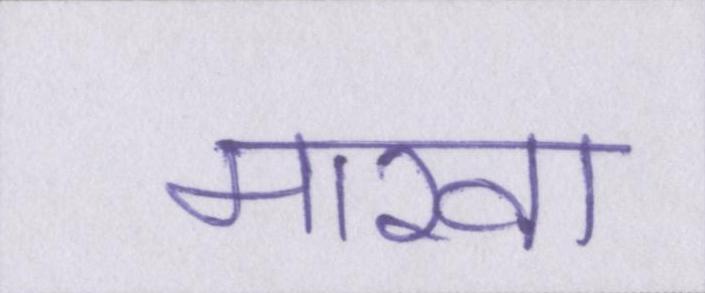
मारवा